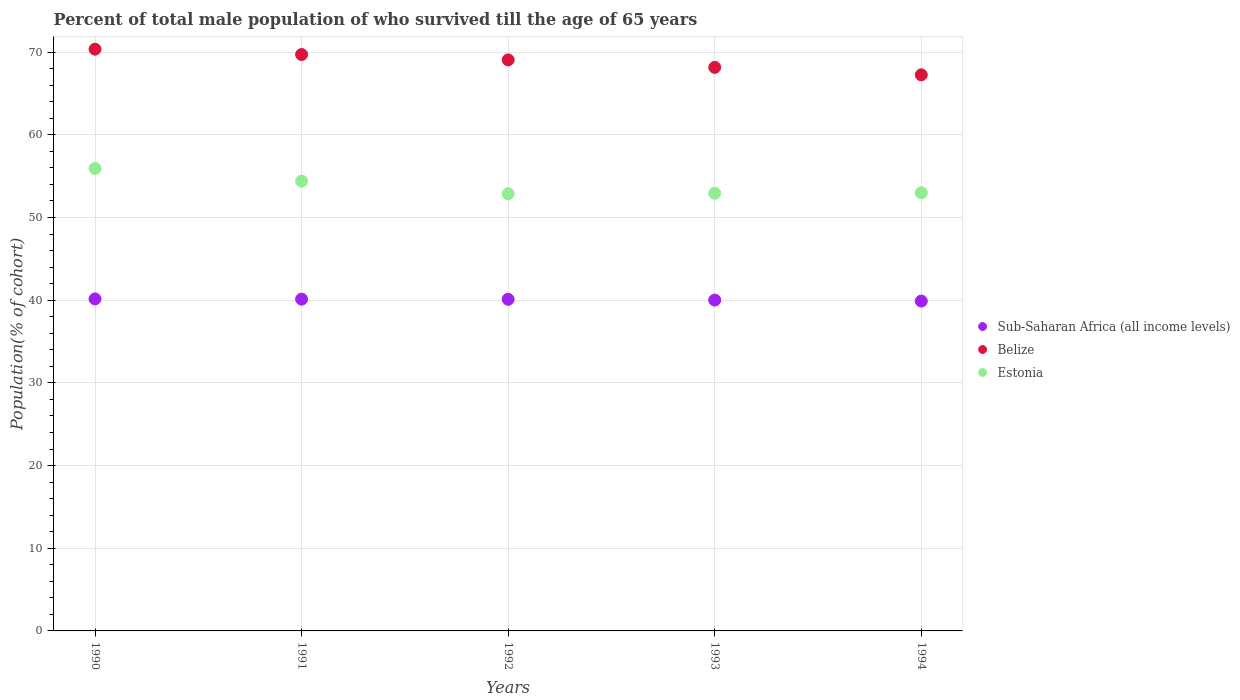
| Years | Sub-Saharan Africa (all income levels) | Belize | Estonia |
 | --- | --- | --- | --- |
 | 1990 | 40.2 | 70.4 | 55.9 |
 | 1991 | 40.1 | 69.7 | 54.4 |
 | 1992 | 40.1 | 69.1 | 52.9 |
 | 1993 | 40 | 68.2 | 52.9 |
 | 1994 | 39.9 | 67.3 | 53 |